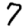
Digit: 7